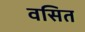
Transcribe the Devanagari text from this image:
वसित